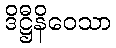
ဒိဋ္ဌီနိဝေသာ